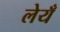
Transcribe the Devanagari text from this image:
लेयँ